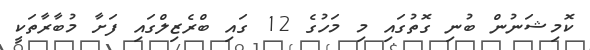
ކޮމިޝަނުން ބުނި ގޮތުގައި މި މަހުގެ 12 ގައި ބްރެޒިލްގައި ފަށާ މުބާރާތަކީ